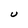
Character: U